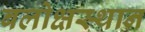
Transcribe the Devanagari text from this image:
बलोक्षस्थान